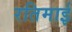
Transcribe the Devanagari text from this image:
रतिमाई